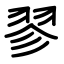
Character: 翏